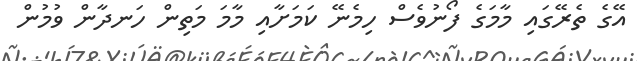
އޭގެ ތެރޭގައި މާމަގެ ފޯނުވެސް ހިމެނޭ ކަަމަށާއި މާމަ މަތިން ހަނދާން ވުމުން